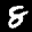
Label: 8